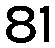
81